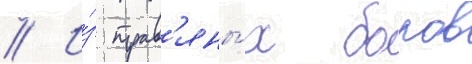
// И́з трав'яны́х боров